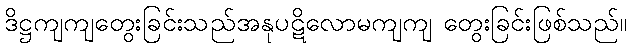
ဒိဋ္ဌကျကျတွေးခြင်းသည်အနုပဋိလောမကျကျ တွေးခြင်းဖြစ်သည်။